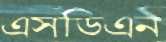
এসডিএন